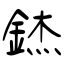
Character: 錰